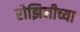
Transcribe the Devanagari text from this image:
रोझिनीच्या